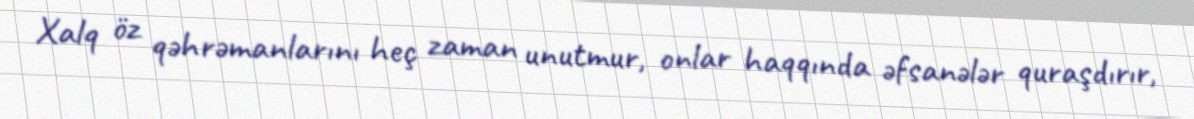
Xalq öz qəhrəmanlarını heç zaman unutmur, onlar haqqında əfsanələr quraşdırır,